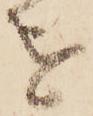
を